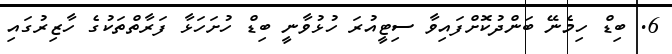
6. ބިޑް ހިމެނޭ ބަންދުކޮށްފައިވާ ސިޓީއުރަ ހުޅުވާނީ ބިޑް ހުށަހަޅާ ފަރާތްތަކުގެ ހާޒިރުގައި